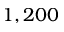
1 , 2 0 0